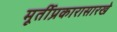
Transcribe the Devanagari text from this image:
मूर्तीप्रकारासारखे